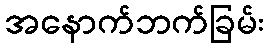
အနောက်ဘက်ခြမ်း